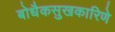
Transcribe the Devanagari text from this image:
बोधैकसुखकारिणे